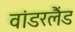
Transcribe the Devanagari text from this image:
वांडरलैंड